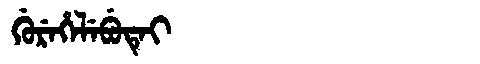
Manchu: ᡤᡠᡵᡝᡥᡝᠯᡝᠪᡠᡨᡝᡳ
Romanization: GUREHELEBUTEI